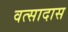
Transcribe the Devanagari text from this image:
वत्सादास